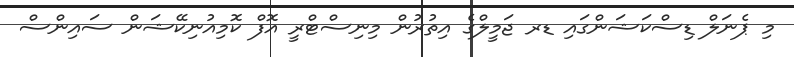
މި ޕެނަލް ޑިސްކަޝަންގައި ޑރ ޖަމީލްގެ އިތުރުން މިނިސްޓްރީ އޮފް ކޮމިއުނިކޭޝަން ސައިންސް